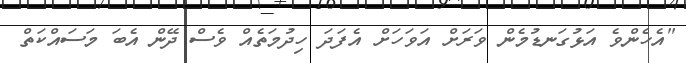
"އެހެންވެ އަޅުގަނޑުމެން ވަރަށް އަވަހަށް އެފަދަ ހިދުމަތެއް ވެސް ދޭން އެބަ މަސައްކަތް